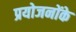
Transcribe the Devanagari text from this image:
प्रयोजनोंके